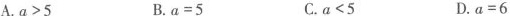
A.$$a > 5$$ B.$$a = 5$$ C.$$a < 5$$ D.$$a = 6$$